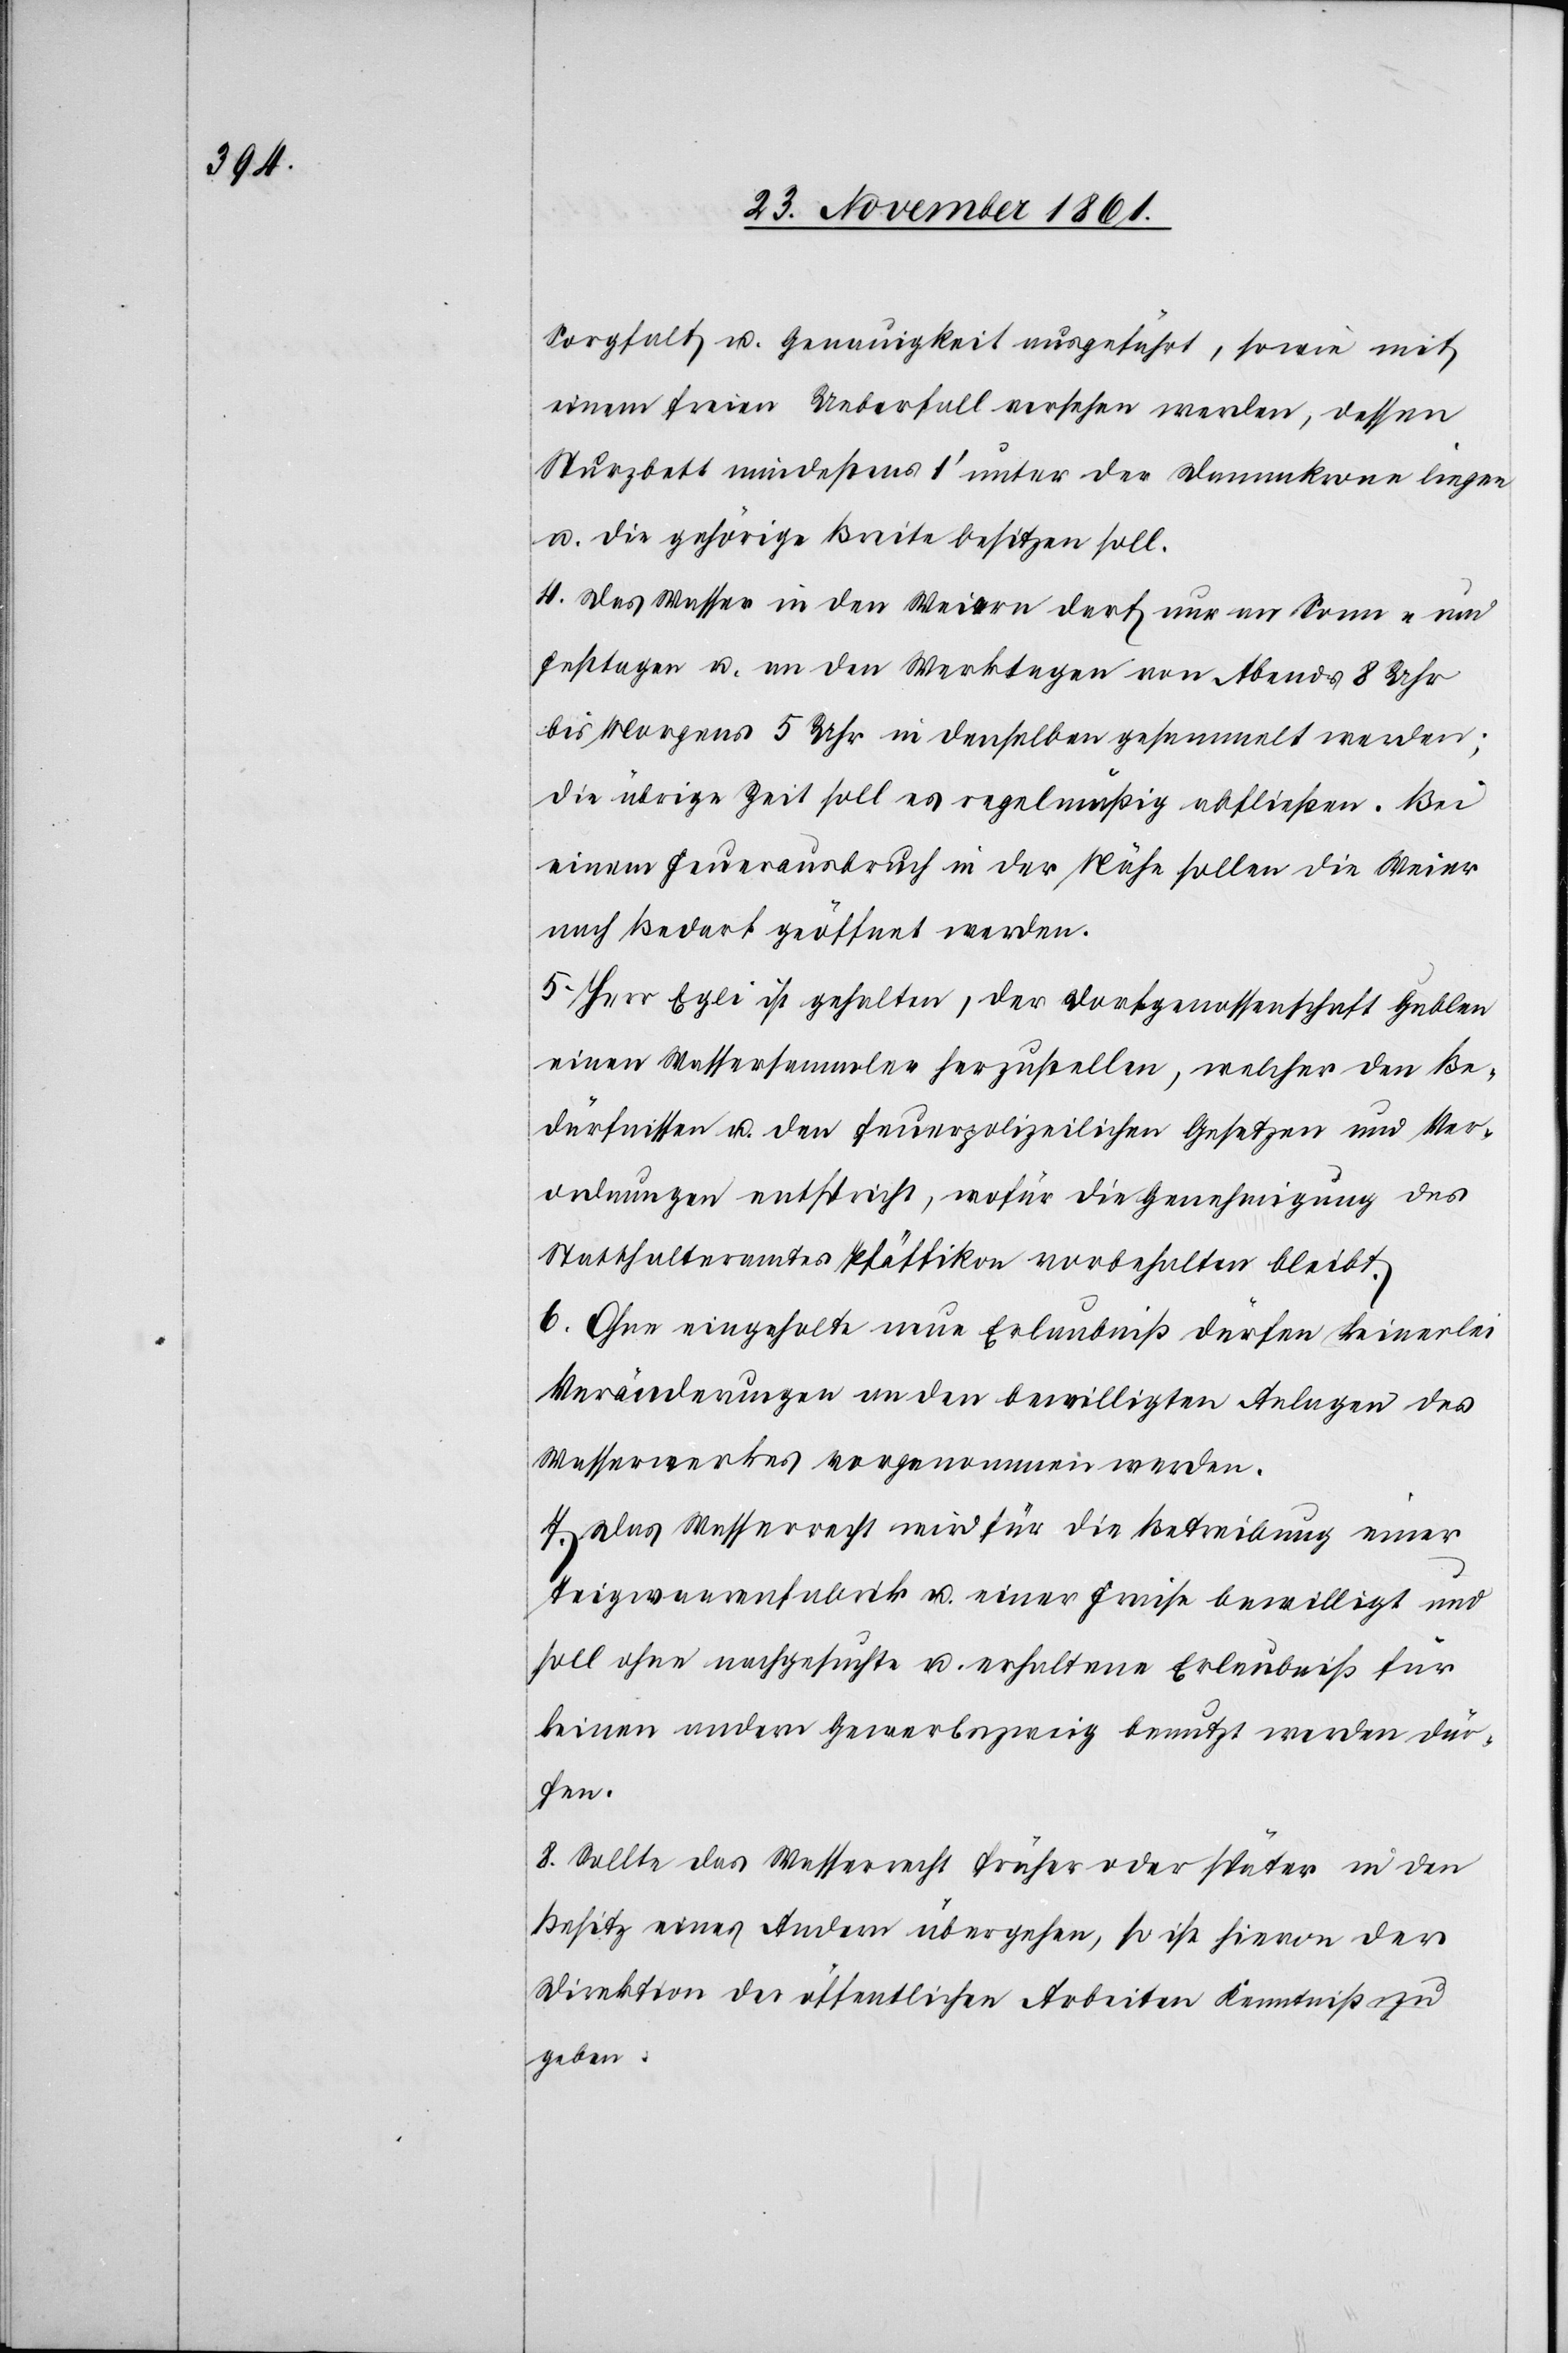
Sorgfalt u. Genauigkeit ausgeführt, sowie mit
einem freien Ueberfall versehen werden, dessen
Sturzbett mindestens 1‘ unter der Dammkrone liegen
u. die gehörige Breite besitzen soll.
4. Das Wasser in den Weiern darf nur an Sonn- und
Festtagen u. an den Werktagen von Abends 8 Uhr
bis Morgens 5 Uhr in denselben gesammelt werden;
die übrige Zeit soll es regelmäßig abfließen. Bei
einem Feuerausbruch in der Nähe sollen die Weier
nach Bedarf geöffnet werden.
5. Herr Egli ist gehalten, der Dorfgenossenschaft Gublen
einen Wassersammler herzustellen, welcher den Be¬
dürfnissen u. den feuerpolizeilichen Gesetzen und Ver¬
ordnungen entspricht, wofür die Genehmigung des
Statthalteramtes Pfäffikon vorbehalten bleibt.
6. Ohne eingeholte neue Erlaubniß dürfen keinerlei
Veränderungen an den bewilligten Anlagen des
Wasserwerkes vorgenommen werden.
7. Das Wasserrecht wird für die Betreibung einer
Teigwaarenfabrik u. einer Fraise bewilligt und
soll ohne nachgesuchte u. erhaltene Erlaubniß für
keinen andern Gewerbszweig benutzt werden dür¬
fen.
8. Sollte das Wasserrecht früher oder später in den
Besitz eines Andern übergehen, so ist hievon der
Direktion der öffentlichen Arbeiten Kenntniß zu
geben.